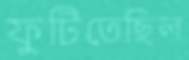
ফুটিতেছিল